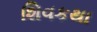
શિવકથા